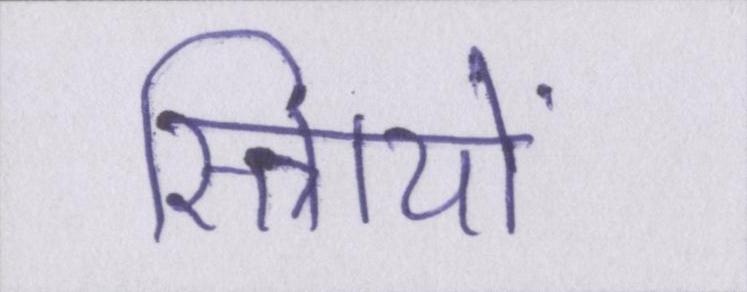
स्त्रिायों